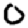
Digit: 0